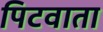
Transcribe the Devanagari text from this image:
पिटवाता